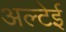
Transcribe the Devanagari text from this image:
अल्टेई